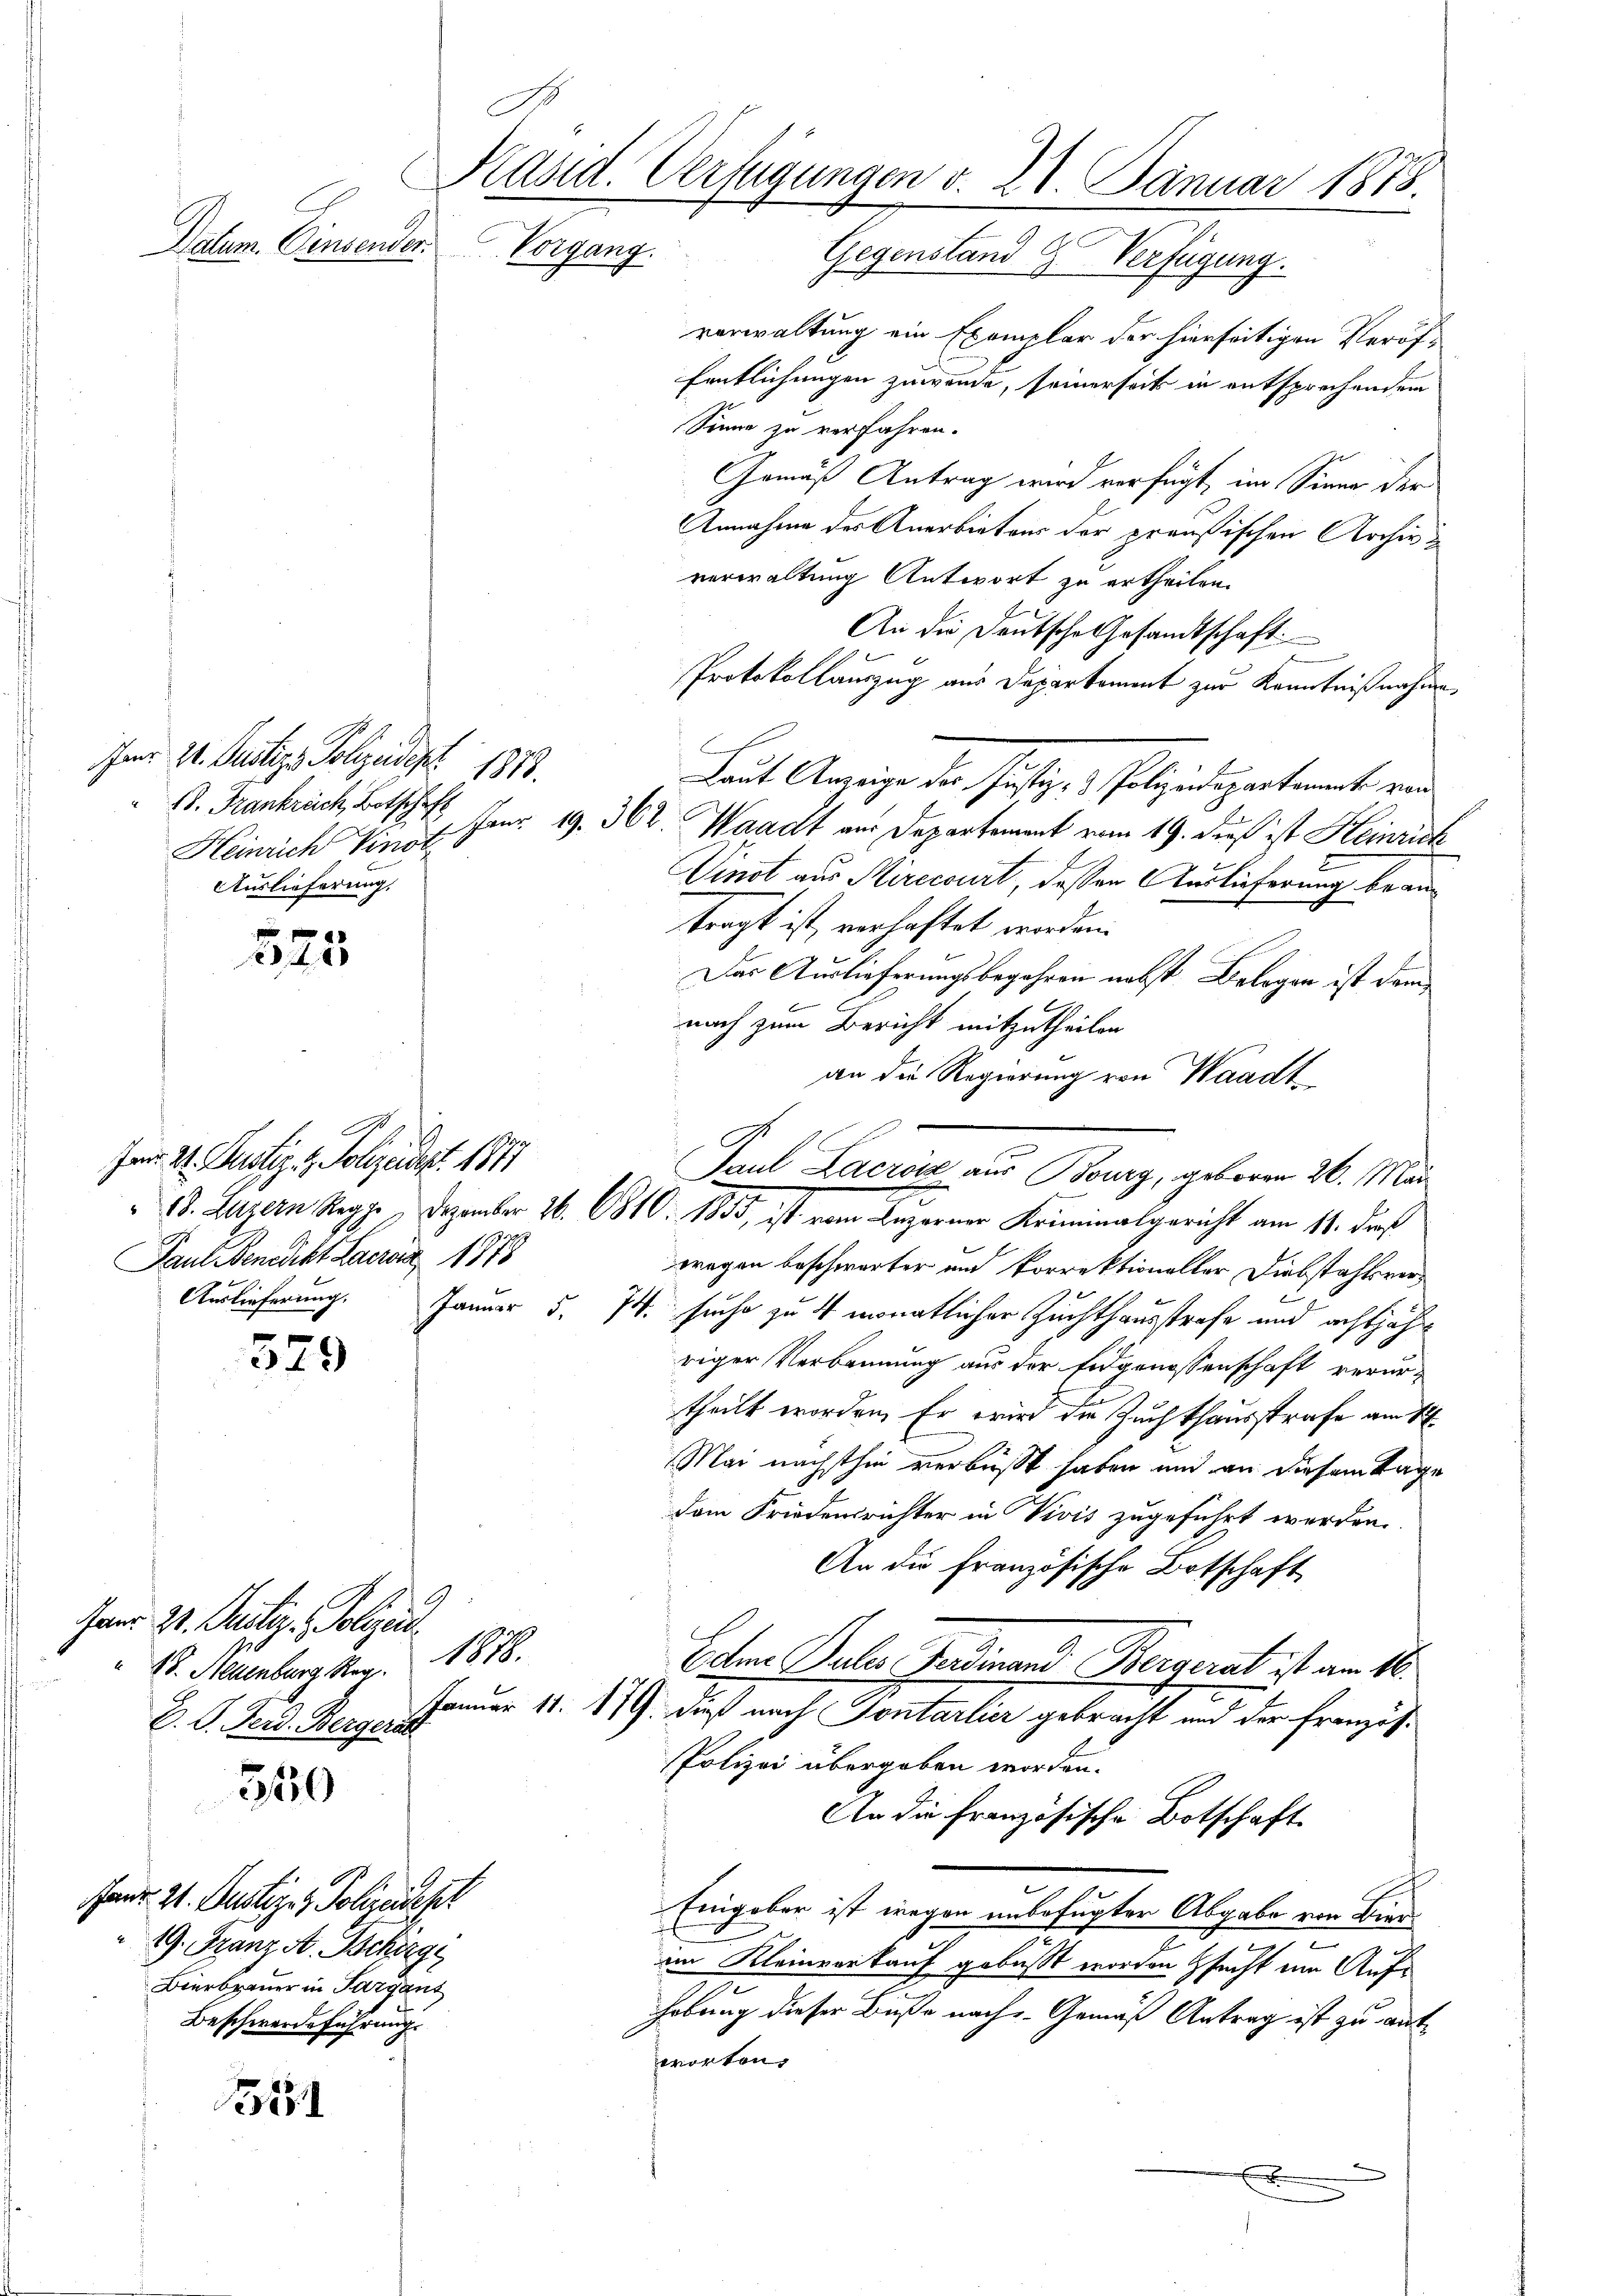
Jar 2. Justiz Polizeidept 1878.
B. Frankrech, Botschaft
Heinrich Vinor
Auslieferung.

525

.
Ien 21. Justiz- & Polizeidept. 1877
Paul Benedikt Laerz 1878
Auslieferung. Januar 5.

379

350

1321

Kasid. Verfügungen v. 28. Januar 1878.
Datum. Einsender Vorgang.
Gegenstand Verfügung.

Handen 24. Justiz- & Polizensst
19. Franz A. Schargi
Bierbauer in Sargant
Beschwerdeführung.

Janr. 2. Justiz - Polizeid
 15. Allenburg Rez. 1878.
D. G. Ferd. Bergeri

verwaltung ein Exemplar der hierseitigen Veröffentlichungen zuwende, seinerseit in entsprechendem
Sinne zu verfahren.
Gemäß Antrag wird verfügt, im Sinne der
Annahme des Anerbietens der preußischen Archiv
verwaltung Antwort zu ertheilen.
An die Deutsche Gesandtschaft
Protokollauszug aus Departement zur Kenntnißnahme
Laut Anzeige der Justiz- & Polizeidepartement von
Janr. 19. 364. Waadt aus Departement vom 19. dieß ist Heinrich
Vinst aus Mirccourt, deßen Auslieferung brautragt ist, verhaftet werden.
Das Auslieferungsbegehren nebst Belegen ist dem
nach zum Bericht mitzutheilen.
an die Regierung von Waadt
wregen beschwärter und Porrektionaller Diebstahlsver¬
74 suche zu 4 monatlicher Zuchthausstrafe und achtjähr
riger Verbrennung aus der Eidgenossenschaft verurtheilt worden. Er wird die Zuchthausstrafe am 1
Mai nächsthin verbüßt haben und an diesem Tage
dem Friedensrichter in Vivis zugeführt werden.
An die Französische Botschaft
Edm Puler Ferdinand Bergerat ist am 16.
Januar 11. 17. dieß nach Sontarlier gebracht und der Französ¬
Polizei übergeben worden.
An die französische Botschaft
Eingaber ist wegen unbefugter Abgabe von Bier¬
.
im Kleinverkauf gebüßt worden sucht um Aufhobung dieser Buße nach Gemäß Antrag ist zu antworten.
d

Paul Laden am Banz, gebene 20. Ma
B. Luzern Regg. Dezember 26. 1810. 1833, ist vom Luzerner Kriminalgericht am 11. daß